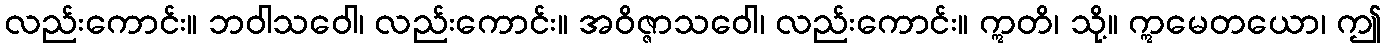
လည်းကောင်း။ ဘဝါသဝေါ၊ လည်းကောင်း။ အဝိဇ္ဇာသဝေါ၊ လည်းကောင်း။ ဣတိ၊ သို့။ ဣမေတယော၊ ဤ